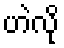
ဟဲလို